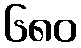
၆၈၀